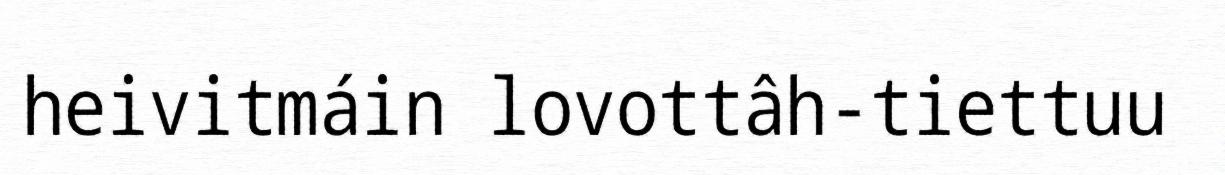
heivitmáin lovottâh-tiettuu